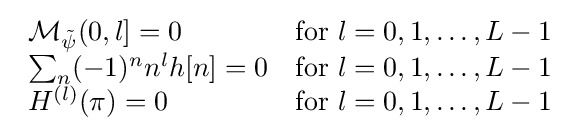
{\begin{array}{lcl}{\mathcal {M_{\tilde {\psi }}}}(0,l]=0&{\text{for }}l=0,1,\ldots ,L-1\\\sum _{n}(-1)^{n}n^{l}h[n]=0&{\text{for }}l=0,1,\ldots ,L-1\\H^{(l)}(\pi )=0&{\text{for }}l=0,1,\ldots ,L-1\end{array}}